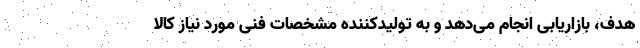
هدف، بازاریابی انجام می‌دهد و به تولیدکننده مشخصات فنی مورد نیاز کالا